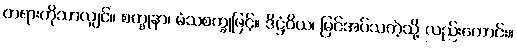
တရားကိုသာလျှင်။ စက္ခုနာ၊ မံသစက္ခုဖြင့်။ ဒိဋ္ဌံဝိယ၊ မြင်အပ်သကဲ့သို့ လည်းကောင်း။